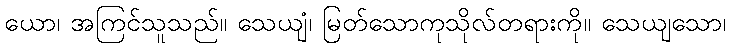
ယော၊ အကြင်သူသည်။ သေယျံ၊ မြတ်သောကုသိုလ်တရားကို။ သေယျသော၊